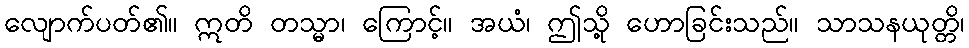
လျောက်ပတ်၏။ ဣတိ တသ္မာ၊ ကြောင့်။ အယံ၊ ဤသို့ ဟောခြင်းသည်။ သာသနယုတ္တိ၊